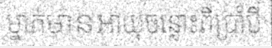
ម្នាក់មានអាយុចន្លោះពីប្រាំបី